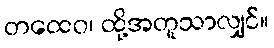
တထေဝ၊ ထို့အတူသာလျှင်။